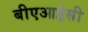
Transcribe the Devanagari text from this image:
बीएआईसी